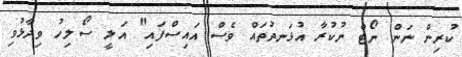
ކުރިން ނަން ނޯޓް ނުކުރާ އުޅަނދުތައް ވެސް އައިސްފައި" އަލީ ސޯލިހު ވިދާޅުވި